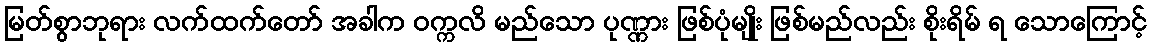
မြတ်စွာဘုရား လက်ထက်တော် အခါက ဝက္ကလိ မည်သော ပုဏ္ဏား ဖြစ်ပုံမျိုး ဖြစ်မည်လည်း စိုးရိမ် ရ သောကြောင့်